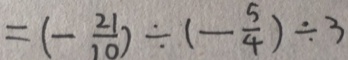
= ( - \frac { 2 1 } { 1 0 } ) \div ( - \frac { 5 } { 4 } ) \div 3